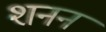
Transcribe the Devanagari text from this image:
शनन